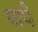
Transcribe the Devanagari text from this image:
पापै